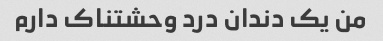
من یک دندان درد وحشتناک دارم